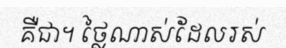
គឺជា។ ថ្លៃណាស់ដែលរស់